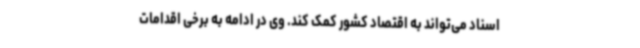
اسناد می‌تواند به اقتصاد کشور کمک کند. وی در ادامه به برخی اقدامات